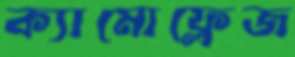
ক্যামোফ্লেজ